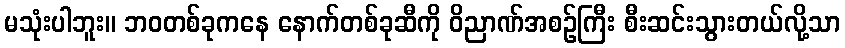
မသုံးပါဘူး။ ဘဝတစ်ခုကနေ နောက်တစ်ခုဆီကို ဝိညာဏ်အစဉ်ကြီး စီးဆင်းသွားတယ်လို့သာ